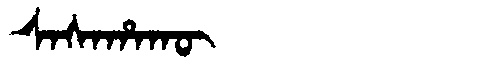
Manchu: ᠰᠠᠰᠠᡥᠠᡴᡡ
Romanization: SASAHAKŪ